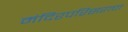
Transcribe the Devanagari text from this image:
मंदिरपरिसराचा